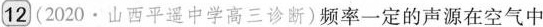
12 (2020·山西平遥中学高三诊断)频率一定的声源在空气中